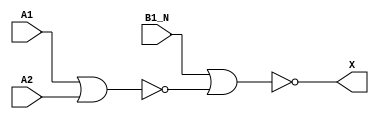
/*
 * Copyright 2020 The SkyWater PDK Authors
 *
 * Licensed under the Apache License, Version 2.0 (the "License");
 * you may not use this file except in compliance with the License.
 * You may obtain a copy of the License at
 *
 *     https://www.apache.org/licenses/LICENSE-2.0
 *
 * Unless required by applicable law or agreed to in writing, software
 * distributed under the License is distributed on an "AS IS" BASIS,
 * WITHOUT WARRANTIES OR CONDITIONS OF ANY KIND, either express or implied.
 * See the License for the specific language governing permissions and
 * limitations under the License.
 *
 * SPDX-License-Identifier: Apache-2.0
*/


`ifndef SKY130_FD_SC_LS__O21BA_FUNCTIONAL_V
`define SKY130_FD_SC_LS__O21BA_FUNCTIONAL_V

/**
 * o21ba: 2-input OR into first input of 2-input AND,
 *        2nd input inverted.
 *
 *        X = ((A1 | A2) & !B1_N)
 *
 * Verilog simulation functional model.
 */

`timescale 1ns / 1ps
`default_nettype none

`celldefine
module sky130_fd_sc_ls__o21ba (
    X   ,
    A1  ,
    A2  ,
    B1_N
);

    // Module ports
    output X   ;
    input  A1  ;
    input  A2  ;
    input  B1_N;

    // Local signals
    wire nor0_out  ;
    wire nor1_out_X;

    //  Name  Output      Other arguments
    nor nor0 (nor0_out  , A1, A2         );
    nor nor1 (nor1_out_X, B1_N, nor0_out );
    buf buf0 (X         , nor1_out_X     );

endmodule
`endcelldefine

`default_nettype wire
`endif  // SKY130_FD_SC_LS__O21BA_FUNCTIONAL_V